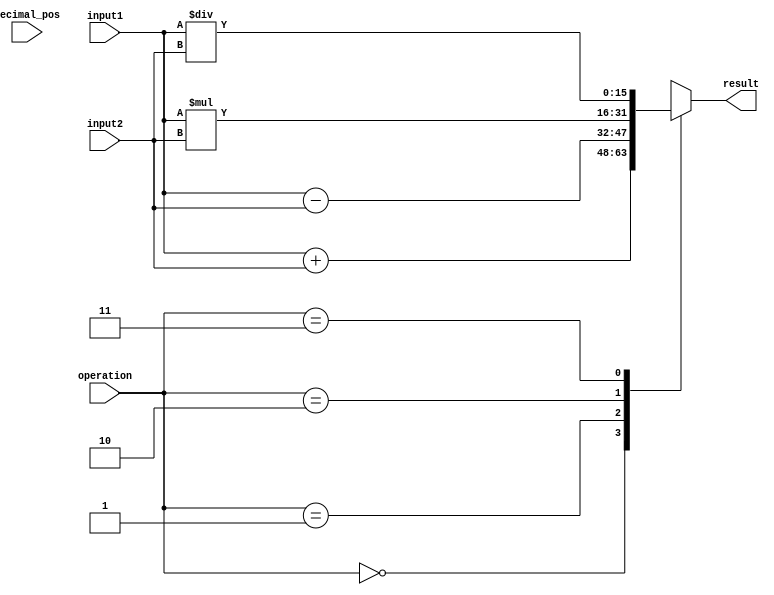
module fixed_point_unit (
    input [15:0] input1, // Fixed-point number 1 with 16-bit precision
    input [15:0] input2, // Fixed-point number 2 with 16-bit precision
    input [3:0] decimal_pos, // Decimal position for fixed-point numbers
    input [1:0] operation, // Operation code (00: addition, 01: subtraction, 10: multiplication, 11: division)
    output reg [15:0] result // Result of the arithmetic operation with 16-bit precision
);

always @(*) begin
    case(operation)
        2'b00: result = input1 + input2; // Addition
        2'b01: result = input1 - input2; // Subtraction
        2'b10: result = input1 * input2; // Multiplication
        2'b11: result = input1 / input2; // Division
    endcase
end

endmodule